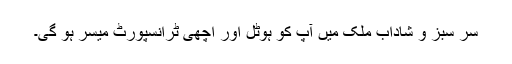
سر سبز و شاداب ملک میں آپ کو ہوٹل اور اچھی ٹرانسپورٹ میسر ہو گی۔